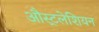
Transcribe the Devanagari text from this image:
औस्ट्रलेशियन